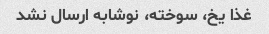
غذا یخ، سوخته، نوشابه ارسال نشد